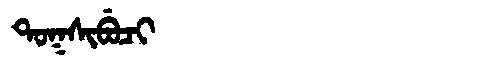
Manchu: ᡨᠣᡴᠰᡳᠪᡠᠴᡳ
Romanization: TOKSIBUCI